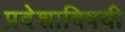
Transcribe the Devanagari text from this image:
प्रदेशाविषयी